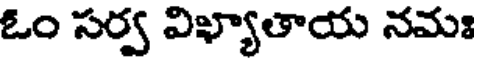
ఓం సర్వ విఖ్యాతాయ నమః